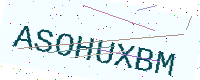
Text: ASOHUXBM